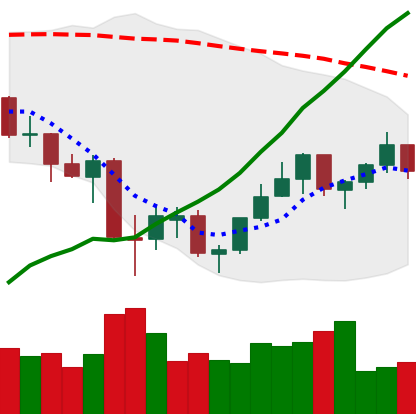
Ticker: ETH-USD
Chart end date: 2021-07-05
Forward return: -3.965%
Label: down_3_5